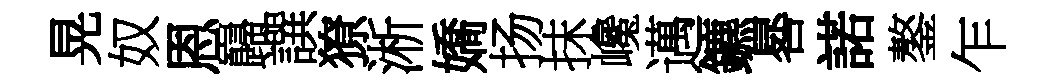
晃奴恩巋譔獠淅嬌扬抹巉邁鑣晷諾鏊乍